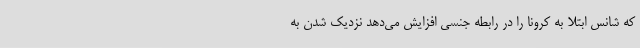
که شانس ابتلا به کرونا را در رابطه جنسی افزایش می‌دهد نزدیک شدن به